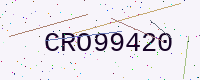
Text: CRO99420